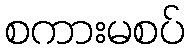
စကားမစပ်